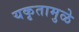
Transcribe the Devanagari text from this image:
यकृतामुळे